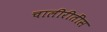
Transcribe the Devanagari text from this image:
चालीरीतींस